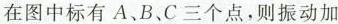
在图中标有A、B、C三个点，则振动加